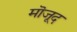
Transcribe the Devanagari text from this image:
मॊजूद